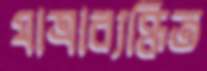
যাত্রাব্যক্তিত